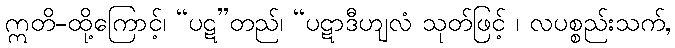
ဣတိ-ထို့ကြောင့်၊ “ပဋ”တည်၊ “ပဋာဒီဟျလံ သုတ်ဖြင့် ၊ လပစ္စည်းသက်,